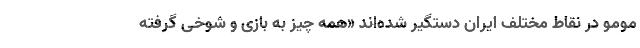
مومو در نقاط مختلف ایران دستگیر شده‌اند «همه چیز به بازی و شوخی گرفته